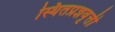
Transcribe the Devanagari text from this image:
स्थितप्रज्ञवृत्ती